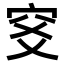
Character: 𥤹